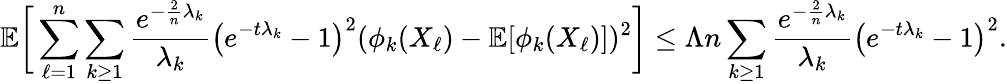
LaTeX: \mathbb{E}\bigg[\sum_{\ell=1}^{n}\sum_{k\geq 1}\frac{e^{-\frac{2}{n}\lambda_{k}}}{\lambda_{k}}\big(e^{-t\lambda_{k}}-1\big)^{2}(\phi_{k}(X_{\ell})-\mathbb{E}[\phi_{k}(X_{\ell})])^{2}\bigg]\leq\Lambda n\sum_{k\geq 1}\frac{e^{-\frac{2}{n}\lambda_{k}}}{\lambda_{k}}\big(e^{-t\lambda_{k}}-1\big)^{2}.